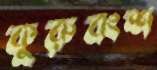
কুরুবংশ